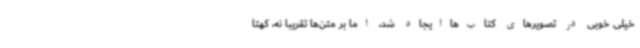
خیلی خوبی در تصویرهای کتاب‌هاایجاد شد، اما بر متن‌ها تقریبا نه، کهتا